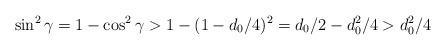
LaTeX: \begin{align*}\sin^{2}\gamma = 1 - \cos^{2}\gamma > 1 - (1-d_{0}/4)^{2} = d_{0}/2 - d_{0}^{2}/4 > d^2_{0}/4\end{align*}